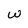
Character: W